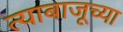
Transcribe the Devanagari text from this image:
त्याबाजूच्या